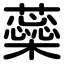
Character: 蘂